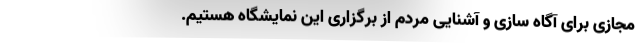
مجازی برای آگاه سازی و آشنایی مردم از برگزاری این نمایشگاه هستیم.